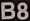
B8